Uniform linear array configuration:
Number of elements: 32
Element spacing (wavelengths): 1
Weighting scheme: exponential
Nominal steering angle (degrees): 45
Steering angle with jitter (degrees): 43.197
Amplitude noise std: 0.05
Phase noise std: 0.05

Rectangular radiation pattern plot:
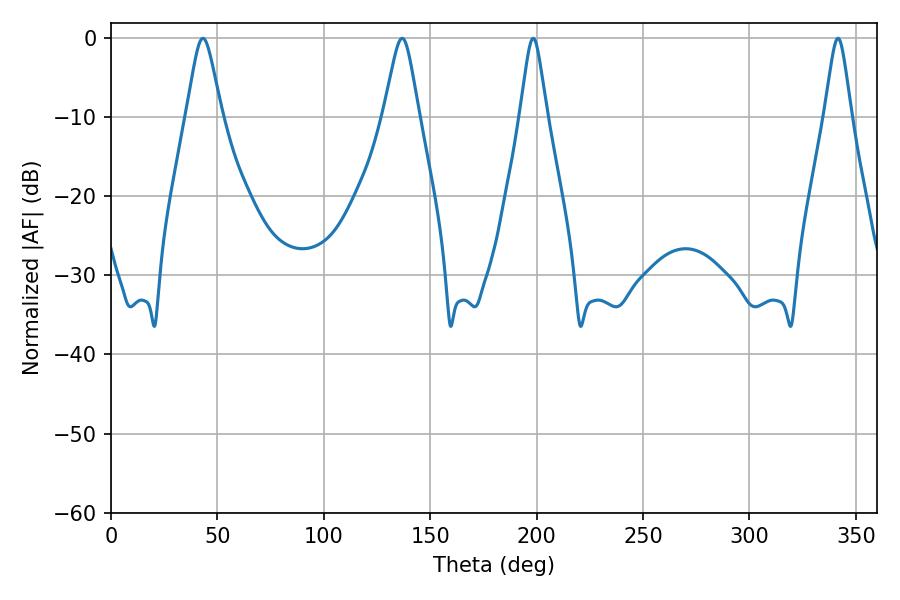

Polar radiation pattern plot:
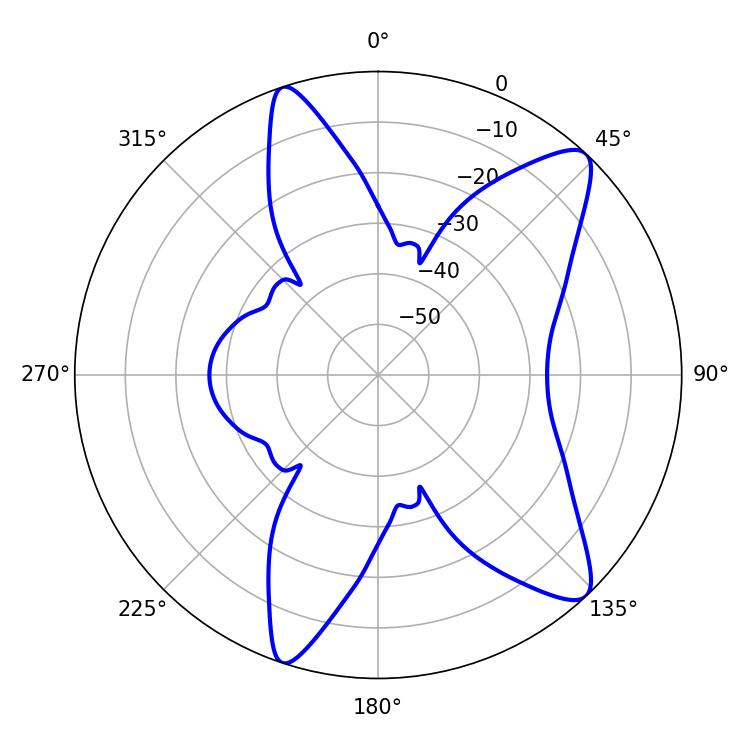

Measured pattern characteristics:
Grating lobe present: TRUE
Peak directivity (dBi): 11.119
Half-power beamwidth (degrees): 7.92
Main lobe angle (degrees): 43.2